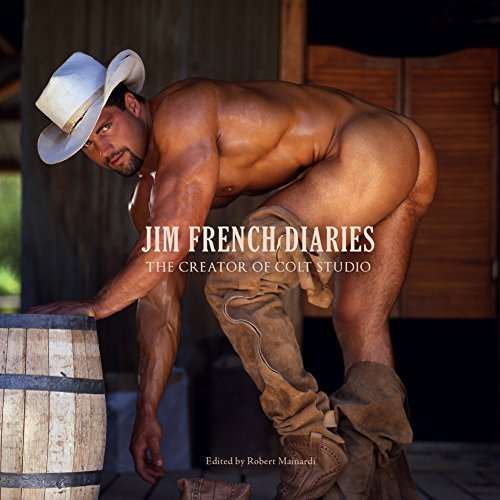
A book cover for Jim French Diaries: The Creator of Colt Studio; Arts & Photography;